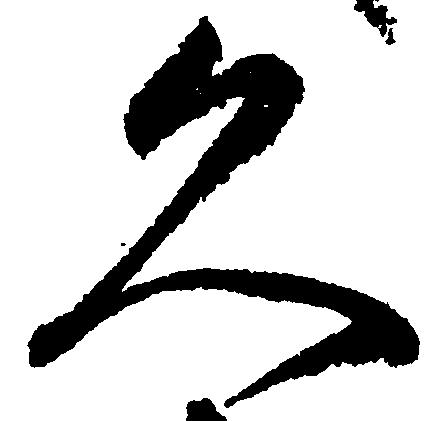
久